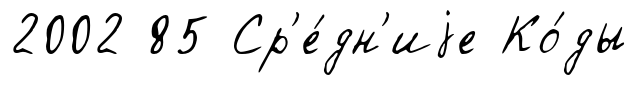
2002 85 Ср'е́дн'иjе Ко́ды